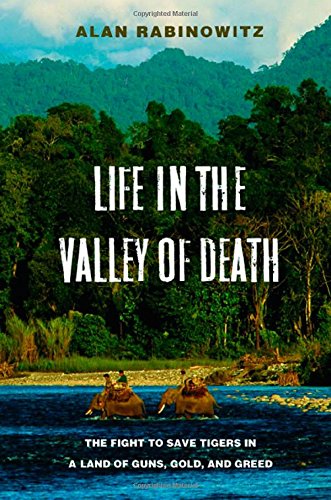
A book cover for Life in the Valley of Death: The Fight to Save Tigers in a Land of Guns, Gold, and Greed; Alan Rabinowitz; Travel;